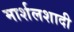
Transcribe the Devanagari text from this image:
मार्शलशादी